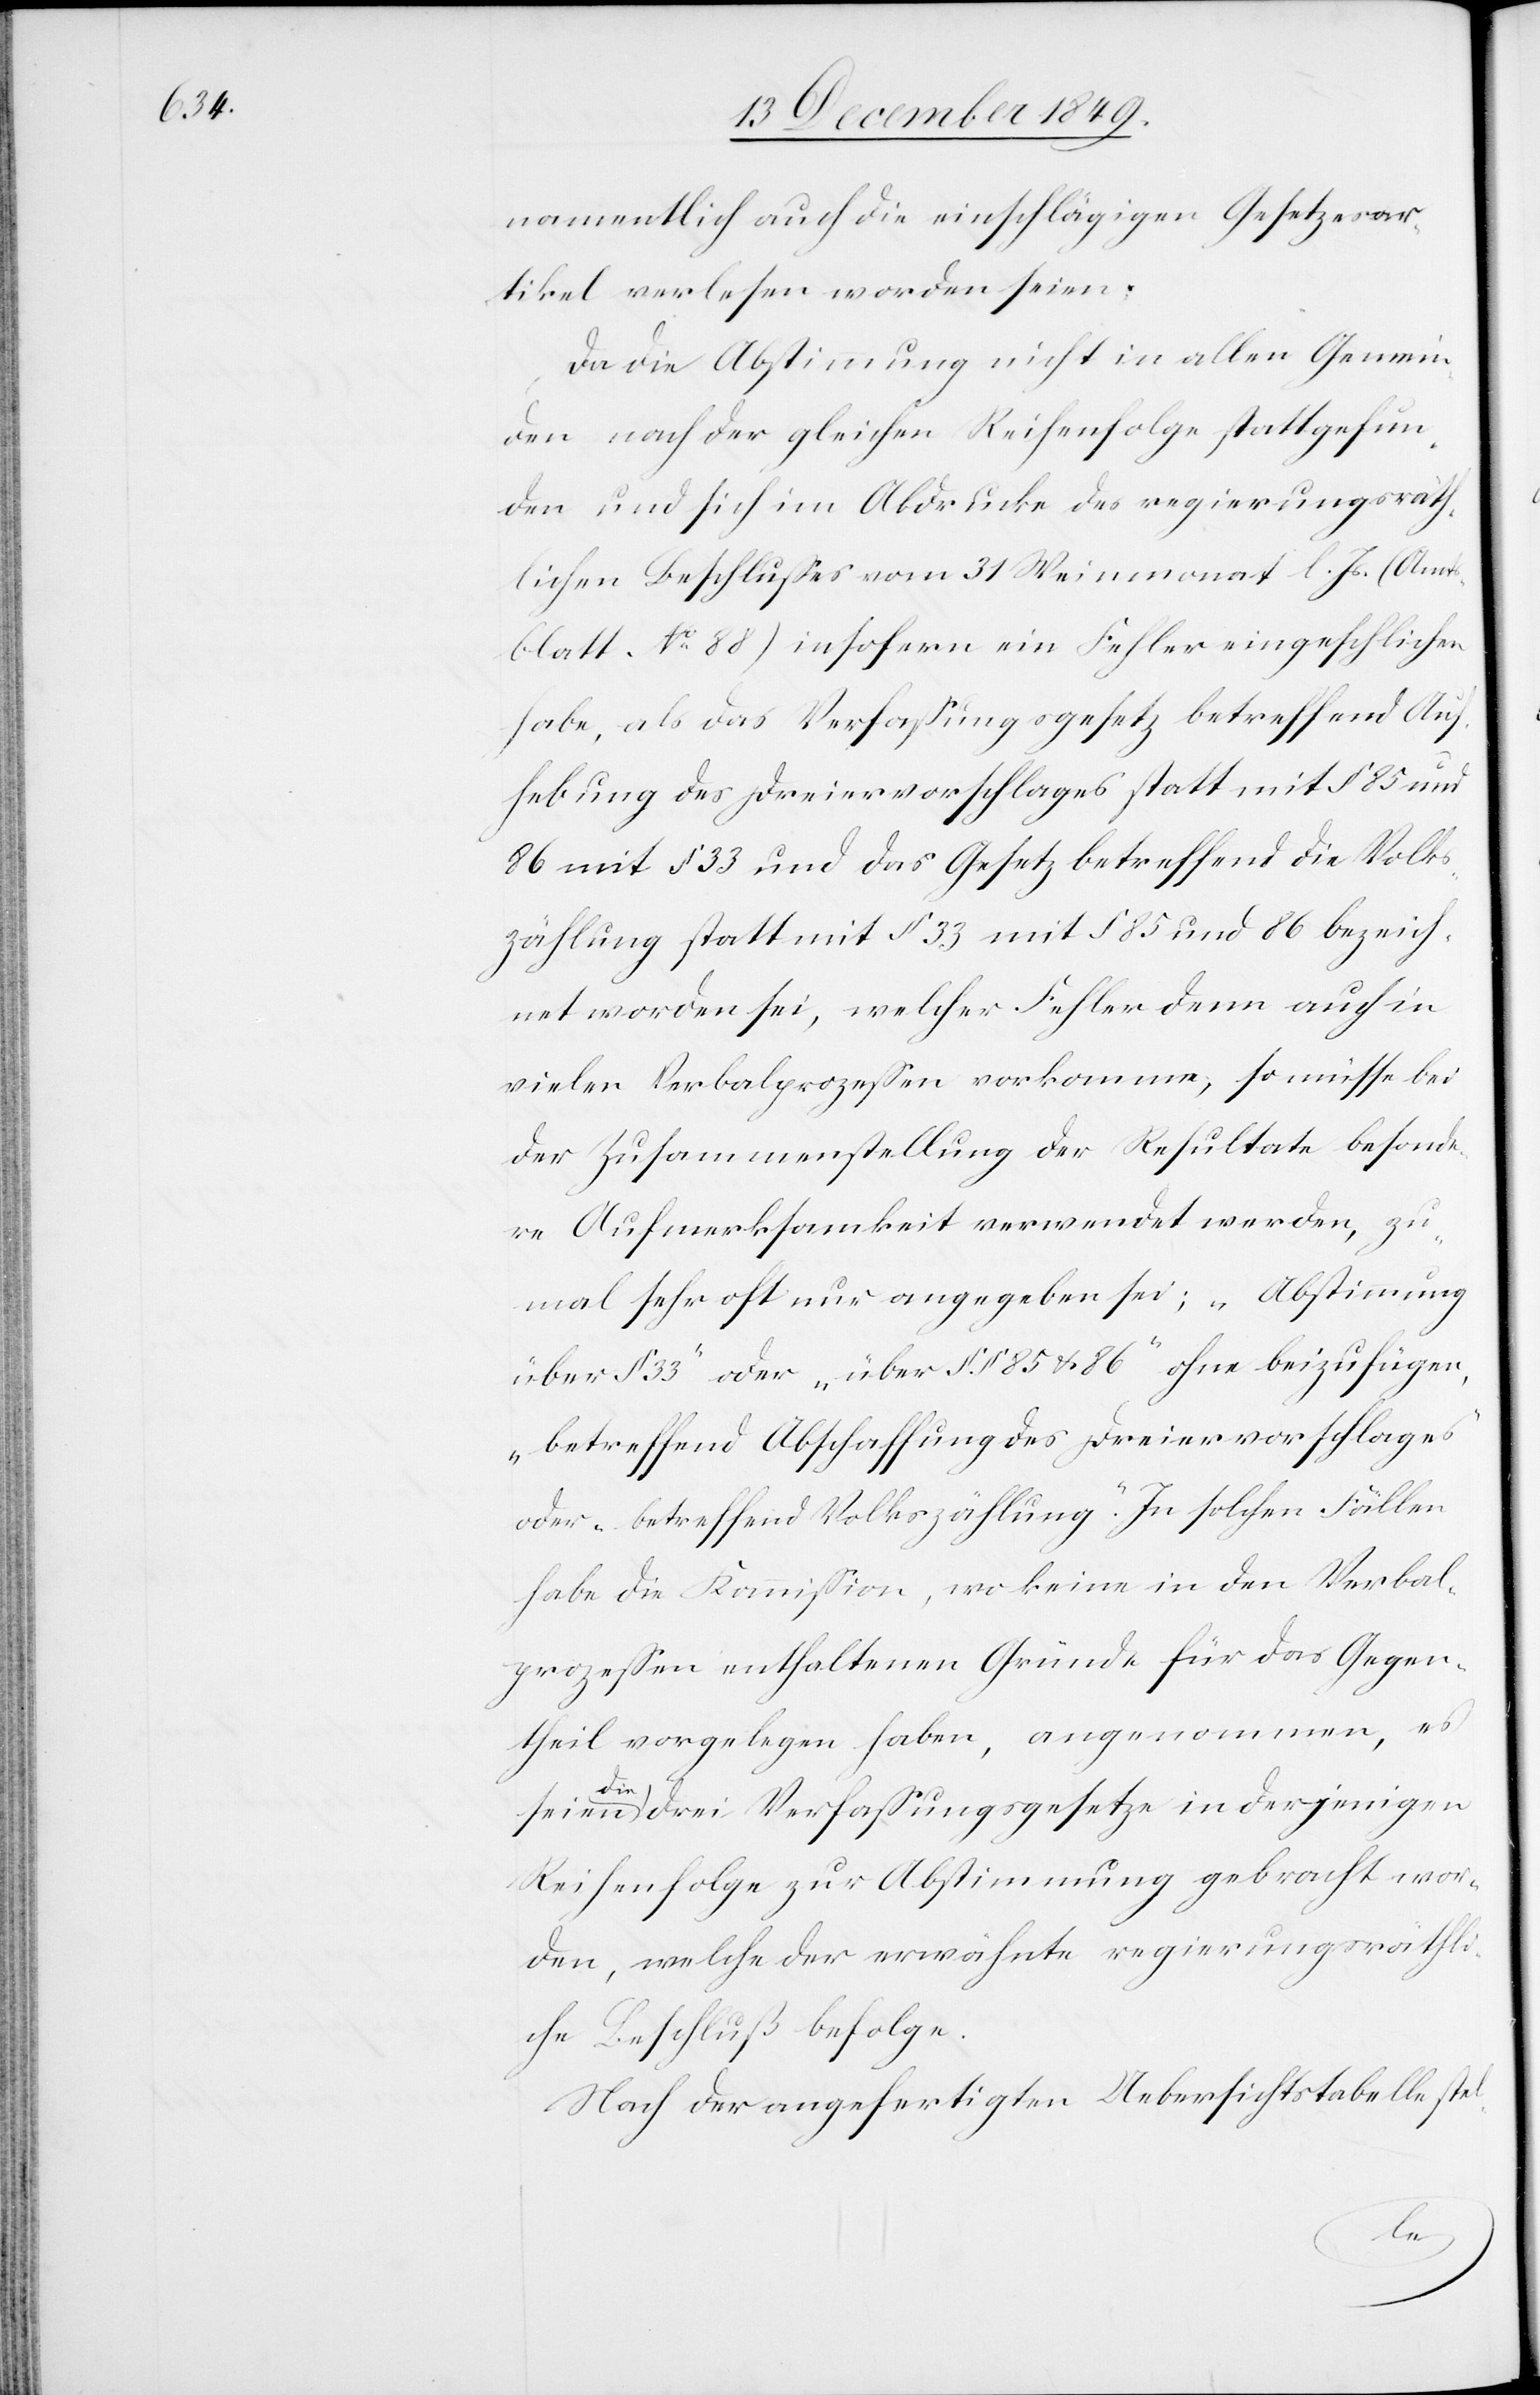
namentlich auch die einschlägigen Gesetzesar¬
tikel verlesen worden seien;
Da die Abstimmung nicht in allen Gemein¬
den nach der gleichen Reihenfolge stattgefun¬
den und sich im Abdrucke des regierungsräth¬
lichen Beschlußes vom 31 Weinmonat l. Js. (Amts¬
blatt. N° 88) insofern ein Fehler eingeschlichen
habe, als das Verfaßungsgesetz betreffend Auf¬
hebung des Dreiervorschlages statt mit § 85 und
86 mit § 33 und das Gesetz betreffend die Volks¬
zählung statt mit § 33 mit § 85 und 86 bezeich¬
net worden sei, welcher Fehler denn auch in
vielen Verbalprozeßen vorkomme, so müsse bei
der Zusammenstellung der Resultate besonde¬
re Aufmerksamkeit verwendet werden, zu¬
mal sehr oft nur angegeben sei; „Abstimmung
über § 33“ oder „über §§ 85 u. 86“ ohne beizufügen,
„betreffend Abschaffung des Dreiervorschlages“
oder „betreffend Volkszählung“. In solchen Fällen
habe die Kommißion, wo keine in den Verbal¬
prozeßen enthaltenen Gründe für das Gegen¬
theil vorgelegen haben, angenommen, es
seien die drei Verfaßungsgesetze in derjenigen
Reihenfolge zur Abstimmung gebracht wor¬
den, welche der erwähnte regierungsräthli¬
che Beschluß befolge.
Nach der angefertigten Uebersichtstabelle stel-